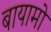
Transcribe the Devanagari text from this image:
बायामो